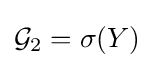
{\mathcal {G}}_{2}=\sigma (Y)